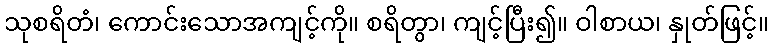
သုစရိတံ၊ ကောင်းသောအကျင့်ကို။ စရိတွာ၊ ကျင့်ပြီး၍။ ဝါစာယ၊ နှုတ်ဖြင့်။